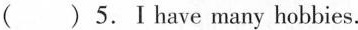
( ) 5.Ⅰhave many hobbies.